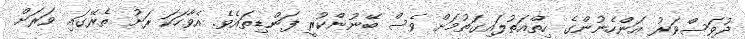
ދުވަސްވަރު އަންހެނުންގެ ހިތްއަތުލައިގަތުމަށް ވެސް ބޭނުންކުރީ ފަންޑިތައެވެ. އެވާހަކަ ރަށު ތެރޭގައި ވަރަށް